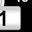
Digit: 1